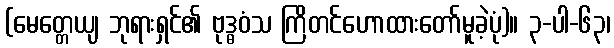
(မေတ္တေယျ ဘုရားရှင်၏ ဗုဒ္ဓဝံသ ကြိတင်ဟောထားတော်မူခဲ့ပုံ)။ ၃-ပါ-၆၃၊